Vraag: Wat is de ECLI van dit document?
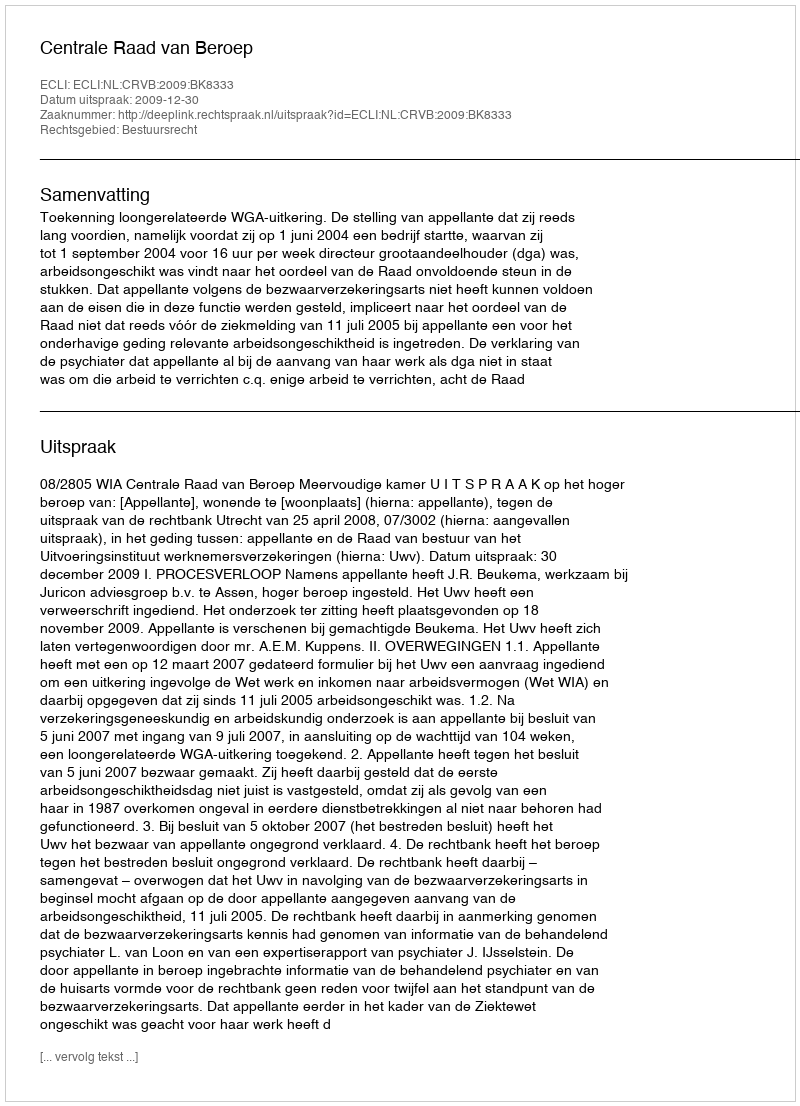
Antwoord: ECLI:NL:CRVB:2009:BK8333